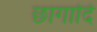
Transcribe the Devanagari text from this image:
छागादि